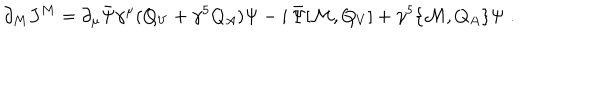
LaTeX: \partial _ { M } J ^ { M } = \partial _ { \mu } \bar { \Psi } \gamma ^ { \mu } ( Q _ { V } + \gamma ^ { 5 } Q _ { A } ) \Psi - i \, \bar { \Psi } [ { \cal M } , Q _ { V } ] + \gamma ^ { 5 } \{ { \cal M } , Q _ { A } \} \Psi \; .